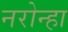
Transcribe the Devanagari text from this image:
नरोन्हा